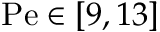
\mathrm { P e } \in [ 9 , 1 3 ]